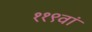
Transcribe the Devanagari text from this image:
११९वां